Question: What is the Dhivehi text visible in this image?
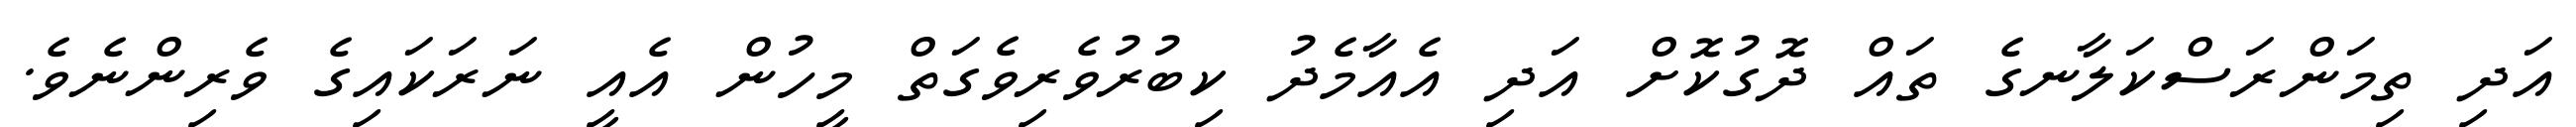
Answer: އަދި ތިމަންރަސްކަލާނގެ ތައް ދޮގުކޮށް އަދި އެއާމެދު ކިބުރުވެރިވެގަތް މީހުން އެއީ ނަރަކައިގެ ވެރިންނެވެ.